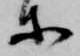
等